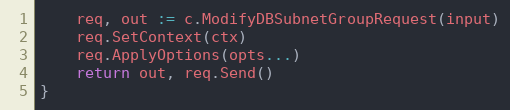
Language: Go
	req, out := c.ModifyDBSubnetGroupRequest(input)
	req.SetContext(ctx)
	req.ApplyOptions(opts...)
	return out, req.Send()
}